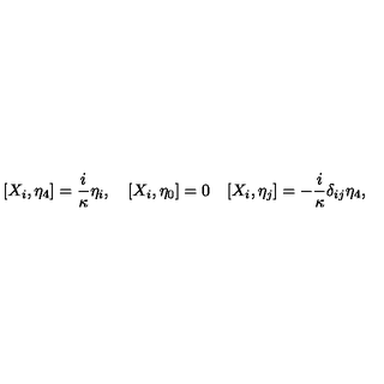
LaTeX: [ X _ { i } , \eta _ { 4 } ] = \frac { i } \kappa \eta _ { i } , \quad [ X _ { i } , \eta _ { 0 } ] = 0 \quad [ X _ { i } , \eta _ { j } ] = - \frac { i } \kappa \delta _ { i j } \eta _ { 4 } ,